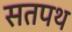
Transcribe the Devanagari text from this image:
सतपथ